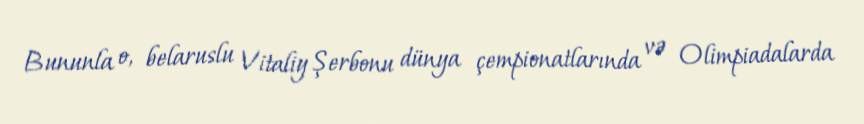
Bununla o, belaruslu Vitaliy Şerbonu dünya çempionatlarında və Olimpiadalarda